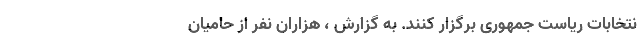
نتخابات ریاست جمهوری برگزار کنند. به گزارش ، هزاران نفر از حامیان